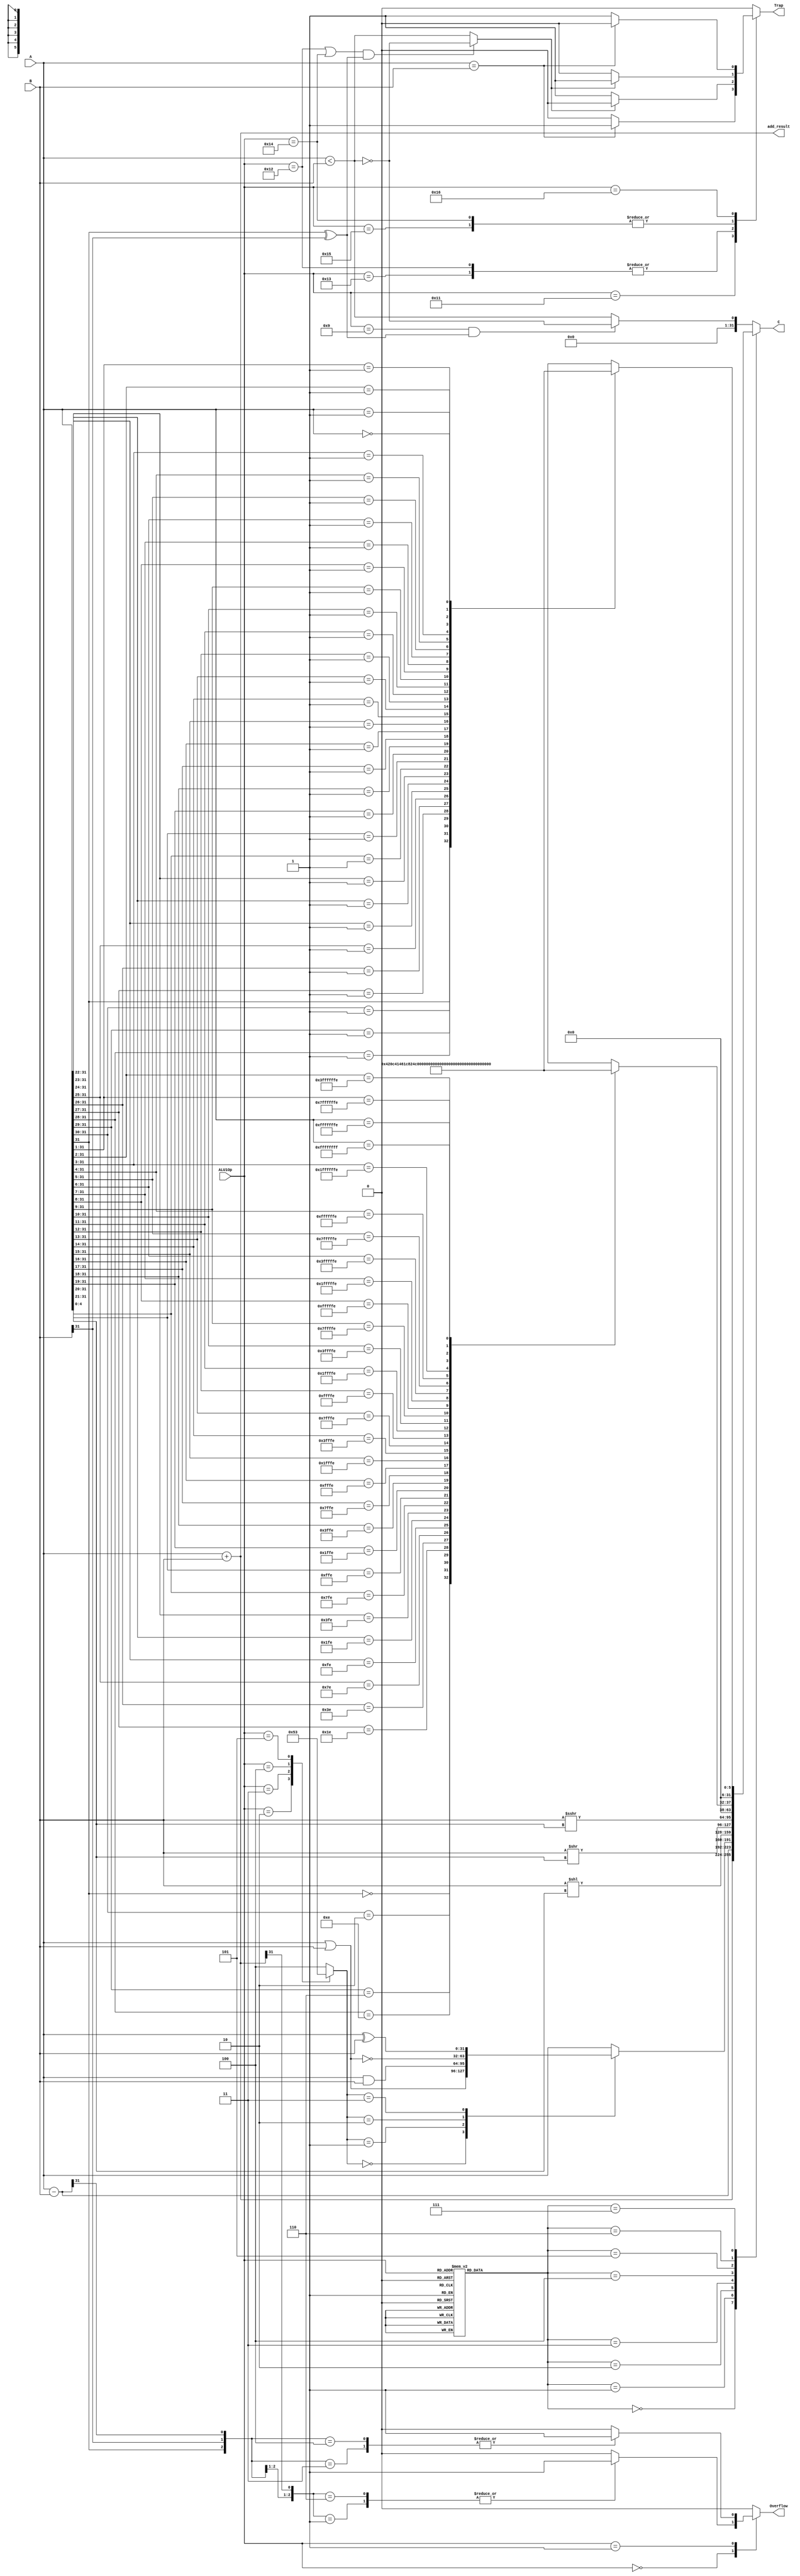
module alu1(
	input [31:0]        A,
    input [31:0]        B,
	input [4:0]         ALU1Op,

	output reg          Overflow,
	output reg [31:0]   C,
    output reg          Trap,
    output     [31:0]   add_result
);

	wire [4:0]      temp;
	wire            Less;
    wire            Trap_Equal;
    wire            Trap_Less;
    wire [31:0]     sub_result;
    wire [31:0]     or_result;
	wire [31:0]     and_result;
	wire [31:0]     nor_result;
	wire [31:0]     xor_result;
	wire [31:0]     sll_result;
	wire [31:0]     srl_result;
	wire [31:0]     sra_result;
	wire [31:0]     cmp_result;
    wire [31:0]     clo_result;
    wire [31:0]     clz_result;

    wire [2:0]      add_overflow;
    wire [2:0]      sub_overflow;

	reg [5:0]       CLO_RESULT;
	reg [5:0]       CLZ_RESULT;

    reg [31:0] simple_result;
	reg [2:0] sel1;
	reg [3:0] sel2;

	assign Less = ((ALU1Op == 5'b01001) && A[31]^B[31]) ? ~(A < B) : (A < B);
    
    /*for trap instruction*/
    assign Trap_Equal = A == B;
    assign Trap_Less =
    ( (ALU1Op == 5'b10010 || ALU1Op == 5'b10100) && A[31]^B[31]) ? ~(A < B) : (A < B);//signed/unsigned compare

    assign add_result = A + B;
	assign sub_result = A - B;
    assign or_result = A | B;
	assign and_result = A & B;
	assign nor_result = ~(A | B);
	assign xor_result = A ^ B;
	assign sll_result = B << A[4:0];
	assign srl_result = B >> A[4:0];
	assign sra_result = $signed(B) >>> A[4:0];
	assign cmp_result = {31'd0,Less};
    assign clo_result = {26'd0,CLO_RESULT};
    assign clz_result = {26'd0,CLZ_RESULT};

	always@(*)
		case(ALU1Op)
			5'b00010:			sel1 = 3'b000;		//or
			5'b00011:			sel1 = 3'b001;		//and
			5'b00100:			sel1 = 3'b010;		//nor
			5'b00101:			sel1 = 3'b011;		//xor
            default:            sel1 = 3'b100;      //movn, movz
		endcase

	always@(*)
		case(sel1)
			3'b000:			simple_result = or_result;		//or
			3'b001:			simple_result = and_result;		//and
			3'b010:			simple_result = nor_result;		//nor
            3'b011:         simple_result = xor_result;     //xor
			default:		simple_result = A;		        //movn, movz
		endcase

	always@(*)
		case(ALU1Op)
			5'b00000, 5'b01100:	sel2 = 4'b0000;		//add/addu
			5'b00001, 5'b10000:	sel2 = 4'b0001;		//sub/subu
			5'b00010, 5'b00011, 
			5'b00100, 5'b00101,
            5'b01011:	        sel2 = 4'b0010;		//or/and/nor/xor/movn/movz
			5'b00110:			sel2 = 4'b0011;		//logical left shift
			5'b00111:			sel2 = 4'b0100;		//logical right shift
			5'b01000:			sel2 = 4'b0101;		//arithmetical right shift
            5'b01101:           sel2 = 4'b0110;     //clo
            5'b01110:           sel2 = 4'b0111;     //clz
			default:			sel2 = 4'b1000;		//signed/unsigned compare
		endcase
		

	always@(*)
		case(sel2)
			4'b0000:			C = add_result;		//add/addu
			4'b0001:			C = sub_result;		//sub/subu
			4'b0010:			C = simple_result;	//or/and/nor/xor/movn/movz
			4'b0011:			C = sll_result;		//logical left shift
			4'b0100:			C = srl_result;		//logical right shift
		    4'b0101:			C = sra_result;		//arithmetical right shift
            4'b0110:            C = clo_result;     //clo
            4'b0111:            C = clz_result;     //clz
			default:			C = cmp_result;		//signed/unsigned compare
		endcase

	assign add_overflow = {A[31],B[31],add_result[31]};
	assign sub_overflow = {A[31],B[31],sub_result[31]};

	always@(ALU1Op,add_overflow, sub_overflow)
		case(ALU1Op)
		5'b00000:
			case(add_overflow)
				3'b110, 3'b001:		Overflow = 1'b1;
				default:			Overflow = 1'b0;
			endcase
		5'b00001:
			case(sub_overflow)
				3'b100, 3'b011:		Overflow = 1'b1;
				default:			Overflow = 1'b0;
			endcase
		default:	Overflow = 1'b0;
		endcase


    always @(Trap_Equal,Trap_Less,ALU1Op) begin
        case (ALU1Op)
            5'b10001://teq,teqi
                if (Trap_Equal)
                    Trap = 1'b1;
                else
                    Trap = 1'b0;
            5'b10010,5'b10011://tge,tgei,tgeu,tgeiu
                if (~Trap_Less)
                    Trap = 1'b1;
                else
                    Trap = 1'b0;
            5'b10100,5'b10101://tlt,tlti,tltu,tltiu
                if (Trap_Less)
                    Trap = 1'b1;
                else
                    Trap = 1'b0;
            5'b10110://tne,tnei
                if (~Trap_Equal)
                    Trap = 1'b1;
                else
                    Trap = 1'b0;

            default:Trap = 1'b0;
        endcase
    end

    always@(A) begin
        casez (A)
            32'b0zzzzzzzzzzzzzzzzzzzzzzzzzzzzzzz:
                CLO_RESULT = 6'd0;
            32'b10zzzzzzzzzzzzzzzzzzzzzzzzzzzzzz:
                CLO_RESULT = 6'd1;
            32'b110zzzzzzzzzzzzzzzzzzzzzzzzzzzzz:
                CLO_RESULT = 6'd2;
            32'b1110zzzzzzzzzzzzzzzzzzzzzzzzzzzz:
                CLO_RESULT = 6'd3;
            32'b11110zzzzzzzzzzzzzzzzzzzzzzzzzzz:
                CLO_RESULT = 6'd4;
            32'b111110zzzzzzzzzzzzzzzzzzzzzzzzzz:
                CLO_RESULT = 6'd5;
            32'b1111110zzzzzzzzzzzzzzzzzzzzzzzzz:
                CLO_RESULT = 6'd6;
            32'b11111110zzzzzzzzzzzzzzzzzzzzzzzz:
                CLO_RESULT = 6'd7;
            32'b111111110zzzzzzzzzzzzzzzzzzzzzzz:
                CLO_RESULT = 6'd8;
            32'b1111111110zzzzzzzzzzzzzzzzzzzzzz:
                CLO_RESULT = 6'd9;
            32'b11111111110zzzzzzzzzzzzzzzzzzzzz:
                CLO_RESULT = 6'd10;
            32'b111111111110zzzzzzzzzzzzzzzzzzzz:
                CLO_RESULT = 6'd11;
            32'b1111111111110zzzzzzzzzzzzzzzzzzz:
                CLO_RESULT = 6'd12;
            32'b11111111111110zzzzzzzzzzzzzzzzzz:
                CLO_RESULT = 6'd13;
            32'b111111111111110zzzzzzzzzzzzzzzzz:
                CLO_RESULT = 6'd14;
            32'b1111111111111110zzzzzzzzzzzzzzzz:
                CLO_RESULT = 6'd15;
            32'b11111111111111110zzzzzzzzzzzzzzz:
                CLO_RESULT = 6'd16;
            32'b111111111111111110zzzzzzzzzzzzzz:
                CLO_RESULT = 6'd17;
            32'b1111111111111111110zzzzzzzzzzzzz:
                CLO_RESULT = 6'd18;
            32'b11111111111111111110zzzzzzzzzzzz:
                CLO_RESULT = 6'd19;
            32'b111111111111111111110zzzzzzzzzzz:
                CLO_RESULT = 6'd20;
            32'b1111111111111111111110zzzzzzzzzz:
                CLO_RESULT = 6'd21;
            32'b11111111111111111111110zzzzzzzzz:
                CLO_RESULT = 6'd22;
            32'b111111111111111111111110zzzzzzzz:
                CLO_RESULT = 6'd23;
            32'b1111111111111111111111110zzzzzzz:
                CLO_RESULT = 6'd24;
            32'b11111111111111111111111110zzzzzz:
                CLO_RESULT = 6'd25;
            32'b111111111111111111111111110zzzzz:
                CLO_RESULT = 6'd26;
            32'b1111111111111111111111111110zzzz:
                CLO_RESULT = 6'd27;
            32'b11111111111111111111111111110zzz:
                CLO_RESULT = 6'd28;
            32'b111111111111111111111111111110zz:
                CLO_RESULT = 6'd29;
            32'b1111111111111111111111111111110z:
                CLO_RESULT = 6'd30;
            32'b11111111111111111111111111111110:
                CLO_RESULT = 6'd31;
            32'b11111111111111111111111111111111:
                CLO_RESULT = 6'd32;
            default:
                CLO_RESULT = 6'd0;
        endcase
    end

    always@(A) begin
        casez (A)
            32'b1zzzzzzzzzzzzzzzzzzzzzzzzzzzzzzz:
                CLZ_RESULT = 6'd0;
            32'b01zzzzzzzzzzzzzzzzzzzzzzzzzzzzzz:
                CLZ_RESULT = 6'd1;
            32'b001zzzzzzzzzzzzzzzzzzzzzzzzzzzzz:
                CLZ_RESULT = 6'd2;
            32'b0001zzzzzzzzzzzzzzzzzzzzzzzzzzzz:
                CLZ_RESULT = 6'd3;
            32'b00001zzzzzzzzzzzzzzzzzzzzzzzzzzz:
                CLZ_RESULT = 6'd4;
            32'b000001zzzzzzzzzzzzzzzzzzzzzzzzzz:
                CLZ_RESULT = 6'd5;
            32'b0000001zzzzzzzzzzzzzzzzzzzzzzzzz:
                CLZ_RESULT = 6'd6;
            32'b00000001zzzzzzzzzzzzzzzzzzzzzzzz:
                CLZ_RESULT = 6'd7;
            32'b000000001zzzzzzzzzzzzzzzzzzzzzzz:
                CLZ_RESULT = 6'd8;
            32'b0000000001zzzzzzzzzzzzzzzzzzzzzz:
                CLZ_RESULT = 6'd9;
            32'b00000000001zzzzzzzzzzzzzzzzzzzzz:
                CLZ_RESULT = 6'd10;
            32'b000000000001zzzzzzzzzzzzzzzzzzzz:
                CLZ_RESULT = 6'd11;
            32'b0000000000001zzzzzzzzzzzzzzzzzzz:
                CLZ_RESULT = 6'd12;
            32'b00000000000001zzzzzzzzzzzzzzzzzz:
                CLZ_RESULT = 6'd13;
            32'b000000000000001zzzzzzzzzzzzzzzzz:
                CLZ_RESULT = 6'd14;
            32'b0000000000000001zzzzzzzzzzzzzzzz:
                CLZ_RESULT = 6'd15;
            32'b00000000000000001zzzzzzzzzzzzzzz:
                CLZ_RESULT = 6'd16;
            32'b000000000000000001zzzzzzzzzzzzzz:
                CLZ_RESULT = 6'd17;
            32'b0000000000000000001zzzzzzzzzzzzz:
                CLZ_RESULT = 6'd18;
            32'b00000000000000000001zzzzzzzzzzzz:
                CLZ_RESULT = 6'd19;
            32'b000000000000000000001zzzzzzzzzzz:
                CLZ_RESULT = 6'd20;
            32'b0000000000000000000001zzzzzzzzzz:
                CLZ_RESULT = 6'd21;
            32'b00000000000000000000001zzzzzzzzz:
                CLZ_RESULT = 6'd22;
            32'b000000000000000000000001zzzzzzzz:
                CLZ_RESULT = 6'd23;
            32'b0000000000000000000000001zzzzzzz:
                CLZ_RESULT = 6'd24;
            32'b00000000000000000000000001zzzzzz:
                CLZ_RESULT = 6'd25;
            32'b000000000000000000000000001zzzzz:
                CLZ_RESULT = 6'd26;
            32'b0000000000000000000000000001zzzz:
                CLZ_RESULT = 6'd27;
            32'b00000000000000000000000000001zzz:
                CLZ_RESULT = 6'd28;
            32'b000000000000000000000000000001zz:
                CLZ_RESULT = 6'd29;
            32'b0000000000000000000000000000001z:
                CLZ_RESULT = 6'd30;
            32'b00000000000000000000000000000001:
                CLZ_RESULT = 6'd31;
            32'b00000000000000000000000000000000:
                CLZ_RESULT = 6'd32;
            default:
                CLZ_RESULT = 6'd0;
        endcase
    end

endmodule